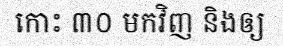
កោះ ៣០ មកវិញ និងឲ្យ